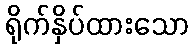
ရိုက်နှိပ်ထားသော